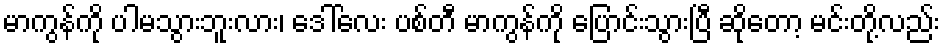
မာကွန်ကို ပါမသွားဘူးလား၊ ဒေါ်လေး ပစ်တီ မာကွန်ကို ပြောင်းသွားပြီ ဆိုတော့ မင်းတို့လည်း